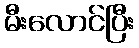
မီးလောင်ပြီး